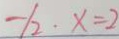
- / 2 \cdot x = 2